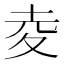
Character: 夌